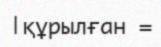
|құрылған =